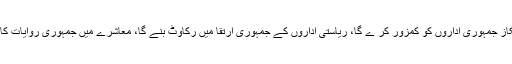
اختیارات کا ارتکاز جمہوری اداروں کو کمزور کر ے گا، ریاستی اداروں کے جمہوری ارتقا میں رکاوٹ بنے گا، معاشرے میں جمہوری روایات کا خاتمہ کرے گا۔